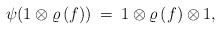
\begin{align*}\psi ( 1 \otimes \varrho \, (f) ) \: = \: 1 \otimes \varrho \, (f) \otimes 1,\end{align*}